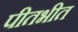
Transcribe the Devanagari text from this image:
पीतभीत